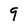
Character: 9